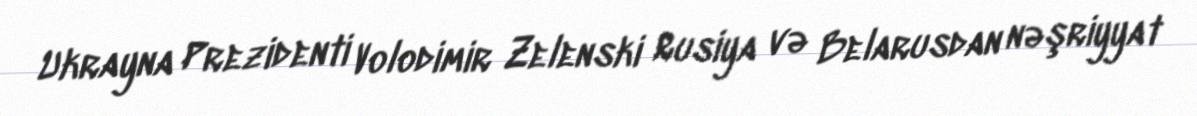
Ukrayna Prezidenti Volodimir Zelenski Rusiya və Belarusdan nəşriyyat